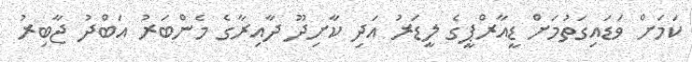
ކަމަށް ވަޑައިގަތުމަށް ޑީއާރްޕީގެ ލީޑަރު އަދި ކާށިދޫ ދާއިރާގެ މެންބަރު އަބްދު ޖާބިރު